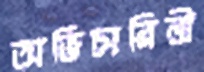
অভিচারিনী